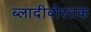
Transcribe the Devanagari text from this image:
ब्लादीवोस्तक